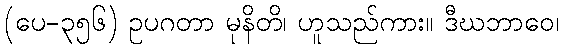
(ပေ-၃၅၆) ဥပဂတာ မုနိတိ၊ ဟူသည်ကား။ ဒီဃဘာဝေ၊